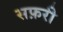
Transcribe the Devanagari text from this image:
सफ़री